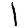
Digit: 1